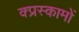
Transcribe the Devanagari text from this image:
क्प्रस्कामों